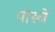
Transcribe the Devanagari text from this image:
पोर्स्चे